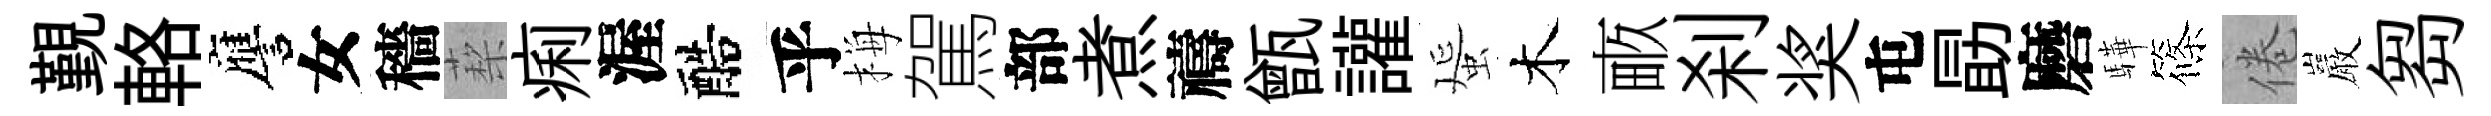
覲輅譍女穡蔾痢渥醅乎梅駕部煮禱甑讙蜑木畞刹奖屯勗磨驊篠倦巖芻